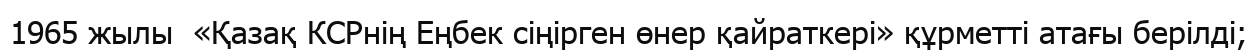
1965 жылы  «Қазақ КСРнің Еңбек сіңірген өнер қайраткері» құрметті атағы берілді;